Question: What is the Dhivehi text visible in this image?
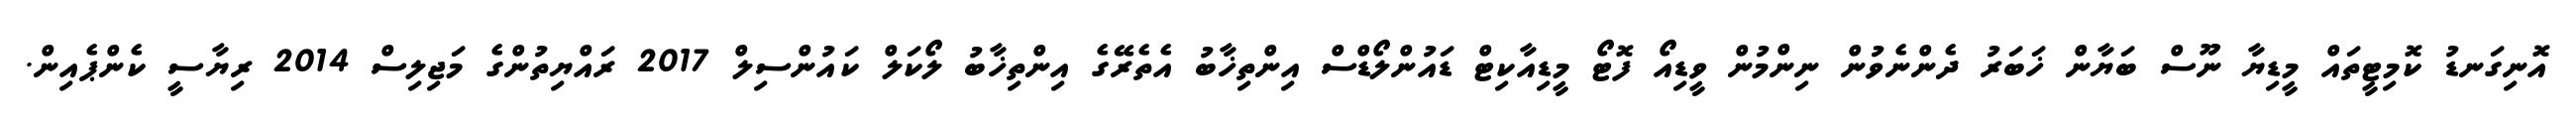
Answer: އޮނިގަނޑު ކޮމިޓީތައް މީޑިޔާ ނޫސް ބަޔާން ޚަބަރު ދެންނެވުން ނިންމުން ވީޑިއޯ ފޮޓޯ މީޑިއާކިޓް ޑައުންލޯޑްސް އިންތިޚާބު އެތެރޭގެ އިންތިޚާބު ލޯކަލް ކައުންސިލް 2017 ރައްޔިތުންގެ މަޖިލިސް 2014 ރިޔާސީ ކެންޕެއިން.